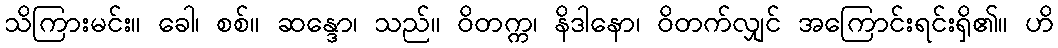
သိကြားမင်း။ ခေါ၊ စစ်။ ဆန္ဒော၊ သည်။ ဝိတက္က၊ နိဒါနော၊ ဝိတက်လျှင် အကြောင်းရင်းရှိ၏။ ဟိ